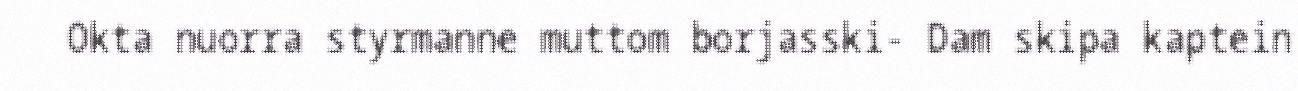
Okta nuorra styrmanne muttom borjasski- Dam skipa kaptein